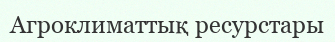
Агроклиматтық ресурстары